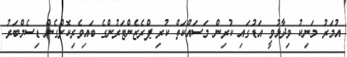
އުމަރު މަނިކު ވިދާޅުވީ އަޑުގައި ކުރިން މަސައްކަތް ކުރި ޕްރެޒެންޓަރުންގެ ބައިވެރިކޮށްގެން ޑިސެމްބަރު